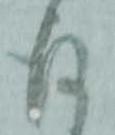
存